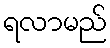
ရလာမည်